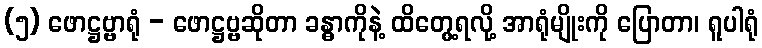
(၅) ဖောဋ္ဌဗ္ဗာရုံ - ဖောဋ္ဌဗ္ဗဆိုတာ ခန္ဓာကိုနဲ့ ထိတွေ့ရလို့ အာရုံမျိုးကို ပြောတာ၊ ရူပါရုံ